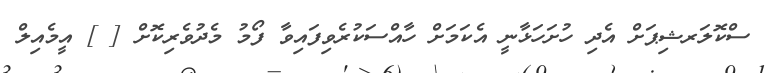
ސްކޮލަރޝިޕަށް އެދި ހުށަހަޅާނީ އެކަމަށް ހާއްސަކުރެވިފައިވާ ފޯމު މެދުވެރިކޮށް [ ] އީމެއިލް